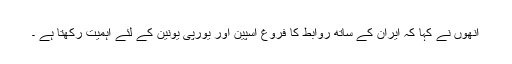
انھوں نے کہا کہ ایران کے ساتھ روابط کا فروغ اسپین اور یورپی یونین کے لئے اہمیت رکھتا ہے ۔